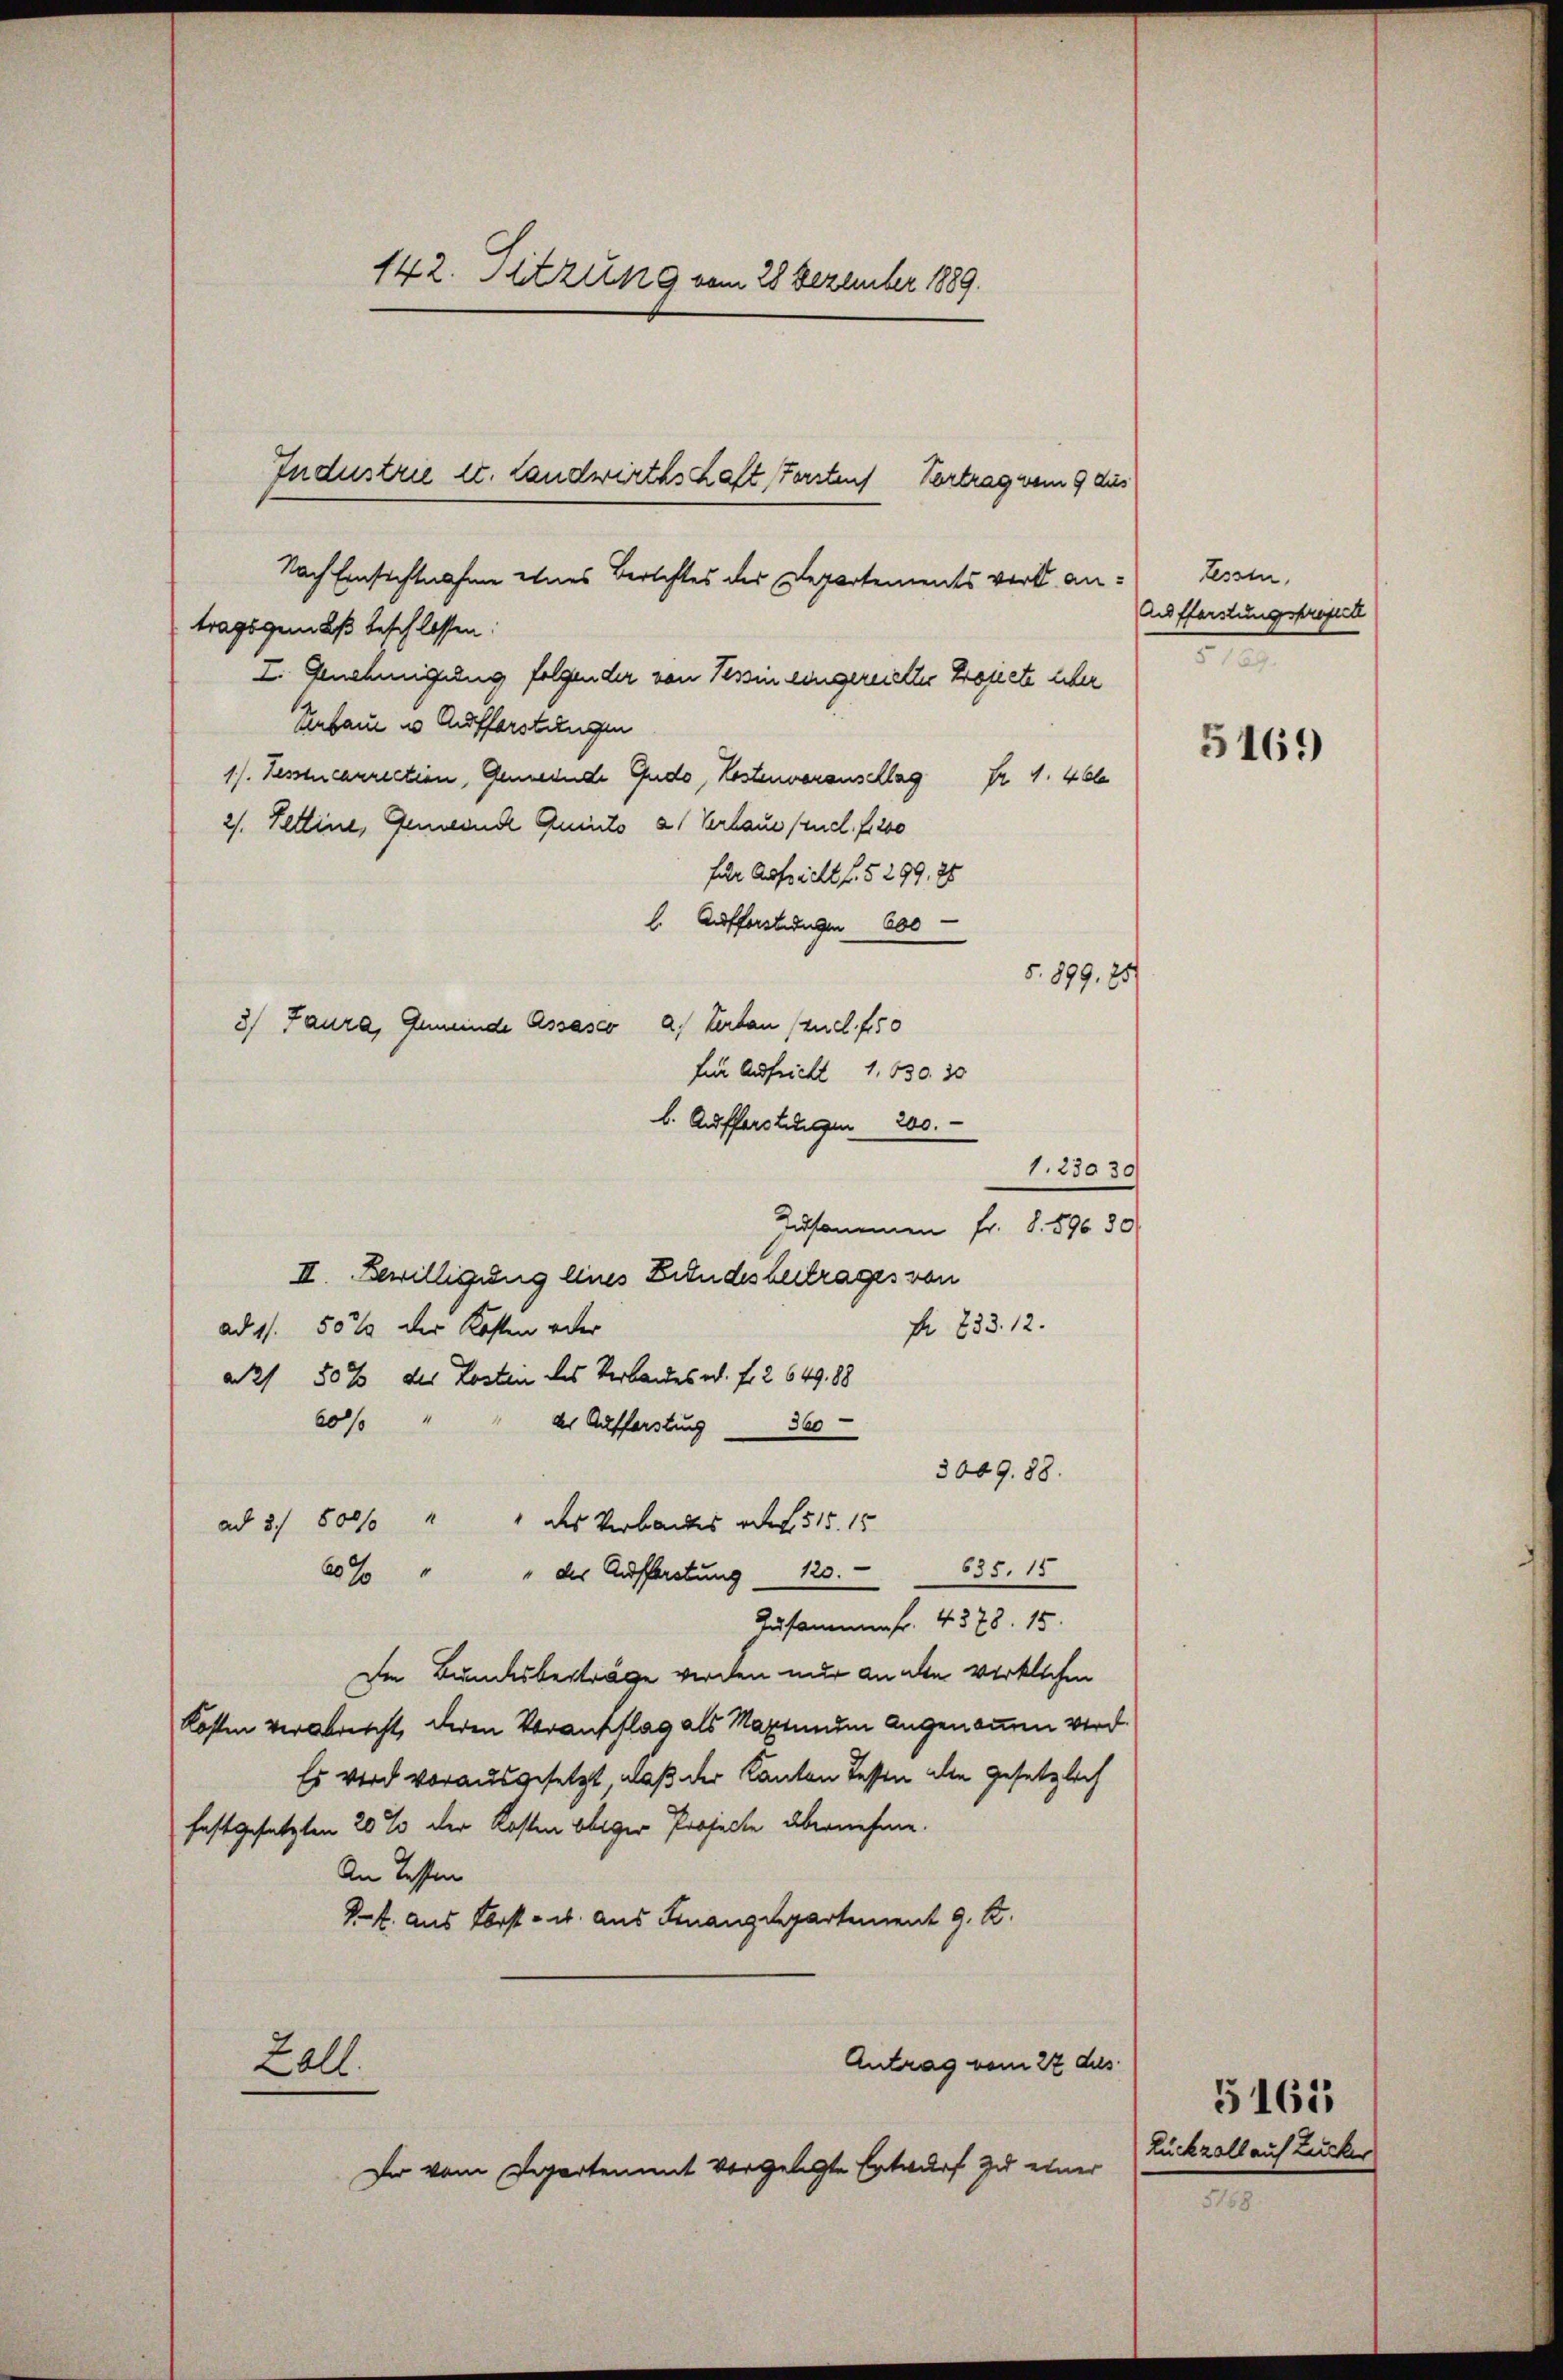
142. Sitzung vom 28 Dezember 1889.

Industrie u. Landwirthschaft, Forstens Vertrag vom 9 dies

Nach Einsichtnahme eines Berichtes des Departements vor antragsgemäß beschlossen:
I. Genehmigung folgender von Tessin eingereietter Projecte über
verbaue in Aufforstungen
1). Sesstucarrection, Gemeinde Gudo, Kostenvoranschlag Fr. 1. 40
2/. Fettine, Gemeinde Quisto 21 Verlaue Puel. f. 200
für Aufsicht fl. § 299, 25
. Aufforsteigen 600
5. 899. 257
3) Jaura, Gemeinde Assasco a. Verbau (zud. 150
für Aufricht 1. 530. 30
b. Aufforstungen 200.
1.23039
Zusammen fr. 8. 896 30
II. Bewilligung eines Bundesbeitrages von
Fr 833. 12.
ad 11. 50 % der Kosten oder
a2 50 % des Losten des Verlandes. f. 2 649,88
20s
der Aufferstung 360
3009. 88.
ad 2. 800        "     " des Verbackes auf 515. 15
" der Auffretung 120. 635. 15
20%
Zusammen fr. 4378. 15.
Die Bundesbesträge werden nur an alte wirklichen
Kosten verabreicht, deren Voranschlag als Maximum Augenommen wird.
Es wird vorausgesetzt, daß der Kanton Tessen die gesetzlich
festgesetzten 20 % der Kosten obiger Projecte übernehme.
An Tessen
Pf. aus Forst- u. aus Finanzdepartement 9. I.
Antrag vom 27 des
2all.
Der vom Departen mit vorgelegte Entwurf zu einer

Essen,
Aufforstungsproject
s

5169

Zückzoll auf Zucker

5161